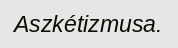
Aszkétizmusa.